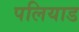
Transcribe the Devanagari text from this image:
पलियाड